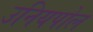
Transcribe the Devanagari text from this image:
उनियपोल